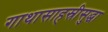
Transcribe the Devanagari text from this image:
गाथासाहस्रीसुद्धा